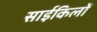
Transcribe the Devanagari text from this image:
साईकिलों